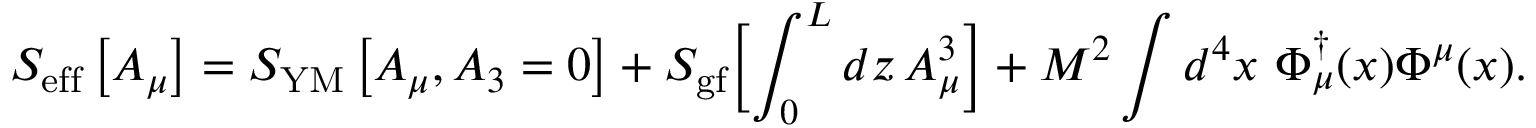
S _ { \mathrm { e f f } } \left[ A _ { \mu } \right] = S _ { \mathrm { Y M } } \left[ A _ { \mu } , A _ { 3 } = 0 \right] + S _ { \mathrm { g f } } \Bigl [ \int _ { 0 } ^ { L } d z \, A _ { \mu } ^ { 3 } \Bigr ] + M ^ { 2 } \int d ^ { 4 } x \, \, \Phi _ { \mu } ^ { \dagger } ( x ) \Phi ^ { \mu } ( x ) .